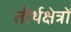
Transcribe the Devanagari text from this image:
तीर्थक्षेत्रों